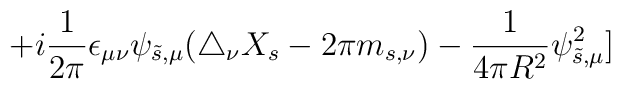
+i {1\over 2\pi}\epsilon_{\mu\nu}\psi_{\tilde{s},\mu}(\triangle_{\nu}X_s- 2\pi m_{s, \nu})-{1 \over 4\pi R^2}\psi_{\tilde{s}, \mu}^2]